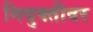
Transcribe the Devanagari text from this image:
नियुक्तीवर